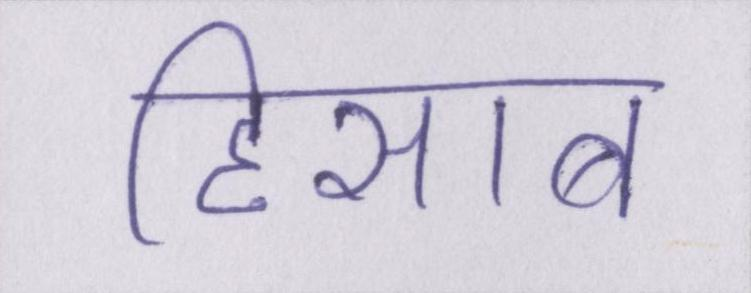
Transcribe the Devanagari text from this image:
हिसाब